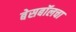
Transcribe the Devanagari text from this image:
बेसबॉलचा